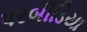
પરબીડિયા